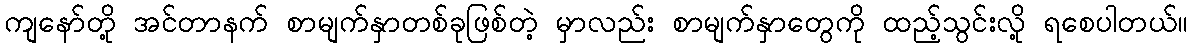
ကျနော်တို့ အင်တာနက် စာမျက်နှာတစ်ခုဖြစ်တဲ့ မှာလည်း စာမျက်နှာတွေကို ထည့်သွင်းလို့ ရစေပါတယ်။